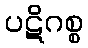
ပဋိဂစ္စ